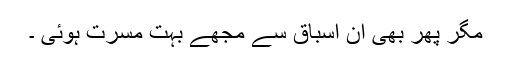
مگر پھر بھی ان اسباق سے مجھے بہت مسرت ہوئی ۔